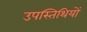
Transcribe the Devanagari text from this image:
उपस्तिथियों